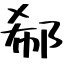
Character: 郗